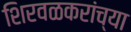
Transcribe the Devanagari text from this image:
शिरवळकरांच्या